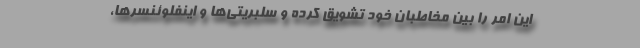
این امر را بین مخاطبان خود تشویق کرده و سلبریتی‌ها و اینفلوئنسرها،